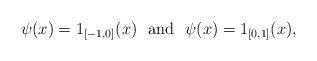
LaTeX: \begin{align*}\psi(x) = 1_{[-1, 0]}(x)\ \ \mbox{and}\ \ \psi(x) = 1_{[0, 1]}(x),\end{align*}